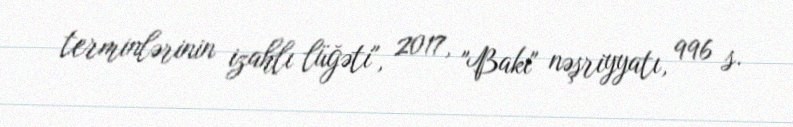
terminlərinin izahlı lüğəti", 2017, "Bakı" nəşriyyatı, 996 s.